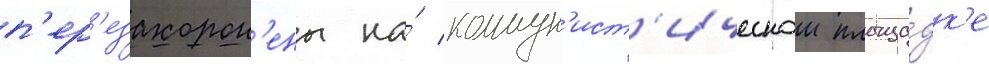
п'ер'езахорон'ены на́ коммун'ист'ическои площа́дк'е